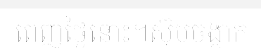
ពេញថ្ងៃនោះ។ស៊ុបចង្កាក